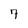
Character: 7